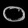
Digit: ၀